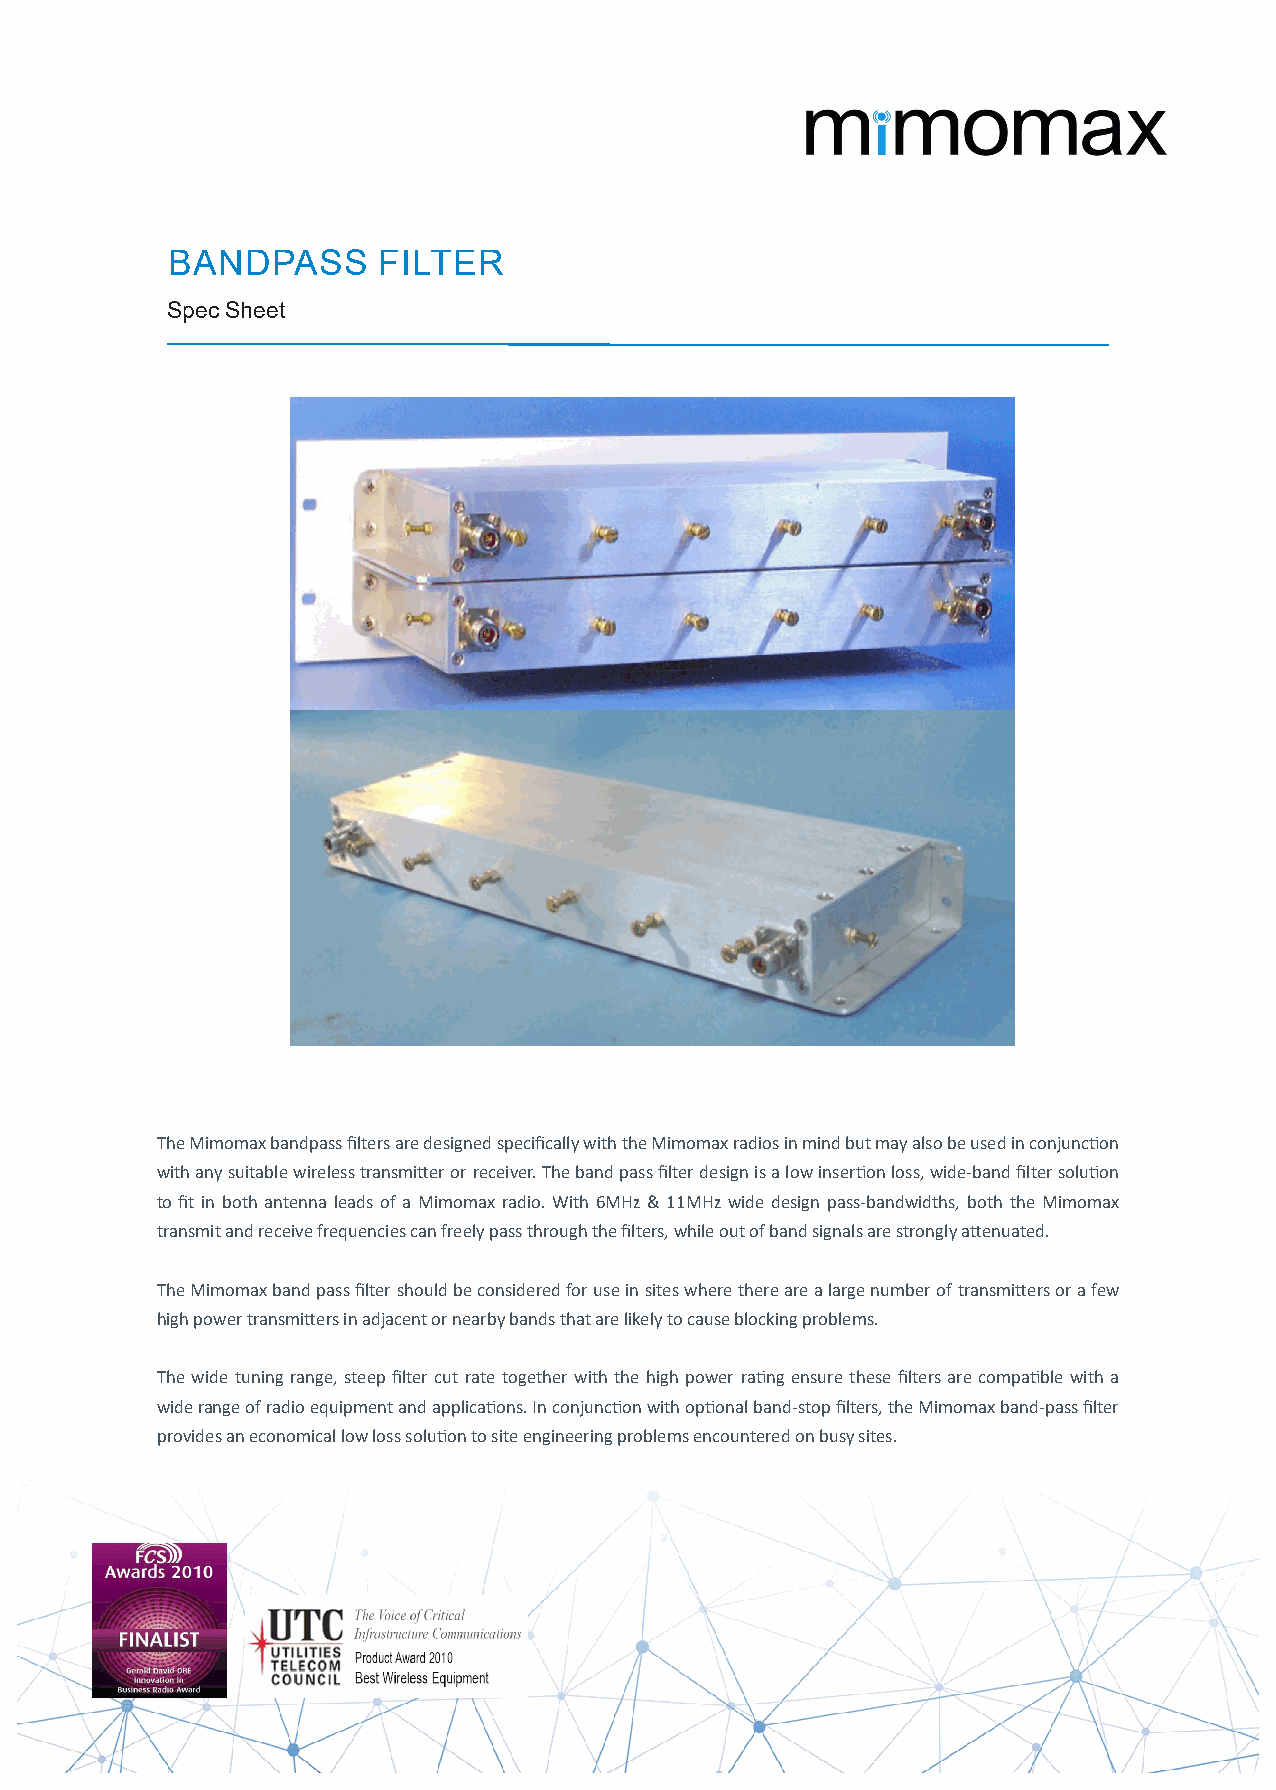
BANDPASS      FILTER
 Spec Sheet
 The Mimomax bandpass filters are designed specifically with the Mimomax radios in mind but may also be used in conjunction
 with any suitable wireless transmitter or receiver. The band pass filter design is a low insertion loss, wide-band filter solution
 to fit in both antenna leads of a Mimomax radio. With 6MHz & 11MHz wide design pass-bandwidths, both the Mimomax
 transmit and receive frequencies can freely pass through the filters, while out of band signals are strongly attenuated.
 The Mimomax band pass filter should be considered for use in sites where there are a large number of transmitters or a few
 high power transmitters in adjacent or nearby bands that are likely to cause blocking problems.
 The wide tuning range, steep filter cut rate together with the high power rating ensure these filters are compatible with a
 wide range of radio equipment and applications. In conjunction with optional band-stop filters, the Mimomax band-pass filter
 provides an economical low loss solution to site engineering problems encountered on busy sites.